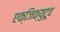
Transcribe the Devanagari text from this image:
एक्जिक्युटूव